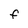
Character: F